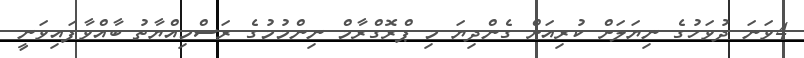
4ވަނަ ދުވަހުގެ ނިޔަލަށް ކުރިއަށް ގެންދިޔަ މި ޕްރޮގްރާމް ނިންމުމުގެ ރަސްމިއްޔާތު ބާއްވާފައިވަނީ